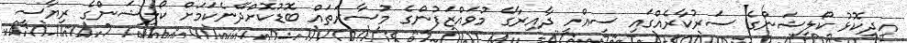
އިދިކޮޅު ކޯލިޝަންގެ ސަރުކާރެއްގައި ސިއްހީ ދާއިރާގެ މުވައްޒަފުންގެ މުސާރަތައް ބޮޑުކޮށްދޭނެކަމަށް ކޯލިޝަންގެ ރިޔާސީ